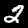
Label: 2